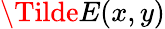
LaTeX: \Tilde{E}(x,y)